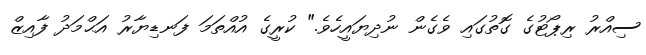
ސިއްރު ރިޕޯޓުގެ ގޮތުގައި ވެގެން ނުދިޔައީހެވެ." ކުރީގެ އުއްތަމަ ފަނޑިޔާރު އަޙްމަދު ފާއިޒް